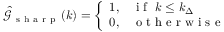
\hat { \mathcal { G } } _ { \mathrm { ~ s ~ h ~ a ~ r ~ p ~ } } ( k ) = \left\{ \begin{array} { r l } { 1 , } & { \mathrm { ~ i ~ f ~ } \ k \le k _ { \Delta } } \\ { 0 , } & { \mathrm { ~ o ~ t ~ h ~ e ~ r ~ w ~ i ~ s ~ e ~ } } \end{array} \right.